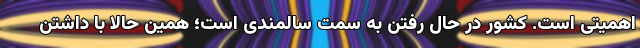
اهمیتی است. کشور در حال رفتن به سمت سالمندی است؛ همین حالا با داشتن